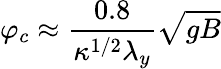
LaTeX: \varphi_{c}\approx\frac{0.8}{\kappa^{1/2}\lambda_{y}}\sqrt{gB}